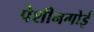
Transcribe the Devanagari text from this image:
पेशीनगोई